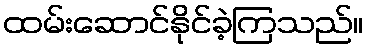
ထမ်းဆောင်နိုင်ခဲ့ကြသည်။